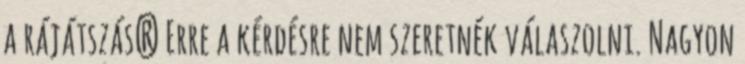
a rájátszás? Erre a kérdésre nem szeretnék válaszolni. Nagyon